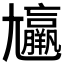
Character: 𡰠